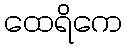
ထေရိကေ